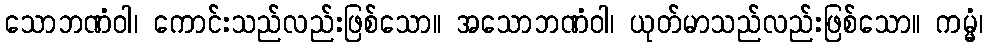
သောဘဏံဝါ၊ ကောင်းသည်လည်းဖြစ်သော။ အသောဘဏံဝါ၊ ယုတ်မာသည်လည်းဖြစ်သော။ ကမ္မံ၊